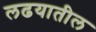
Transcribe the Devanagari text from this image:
लढयातील